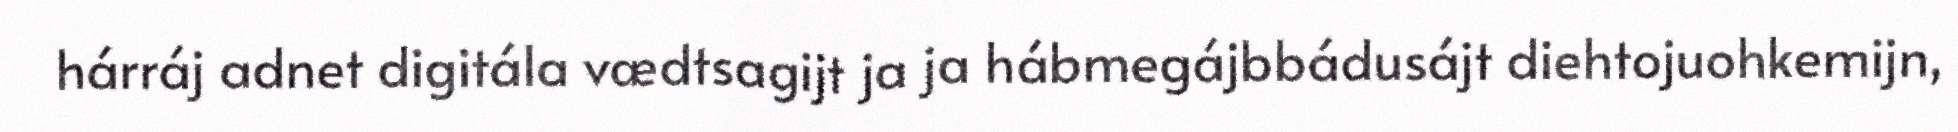
hárráj adnet digitála vædtsagijt ja ja hábmegájbbádusájt diehtojuohkemijn,